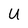
Character: U